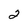
Character: 2